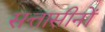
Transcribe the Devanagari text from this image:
सत्तासीनों